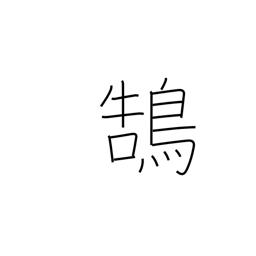
Meaning: swan